Lunatic asylums in Bengal annual reports 1888-1898 - 1888-1898
Year: 1888
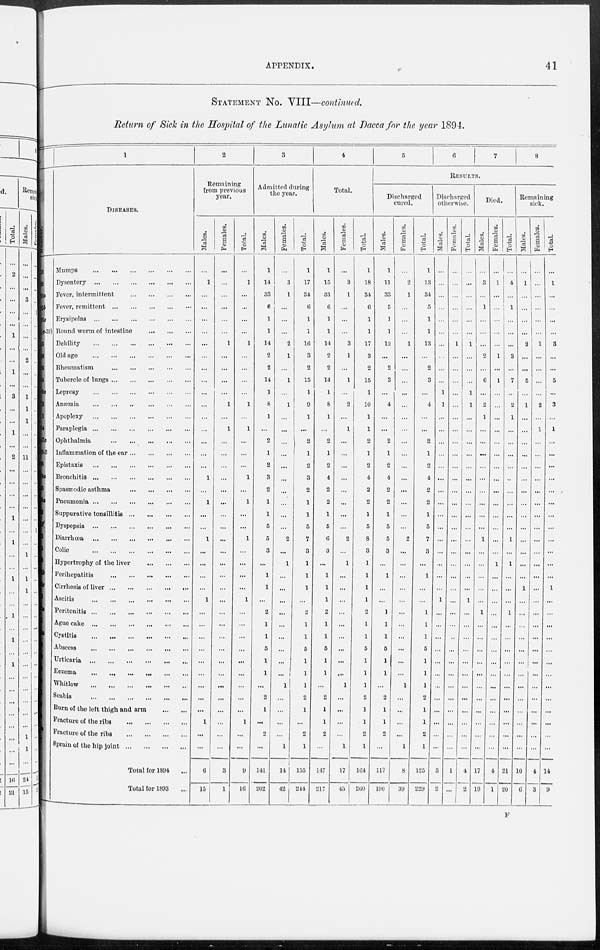
APPENDIX.
41
STATEMENT NO. VIII—continued.
Return of Sick in the Hospital of the Lunatic Asylum at Dacca for the year 1894.
13
2i
23a
23b
26a
26(c-30)
55
56
58
64
69a
73
1
47a
58-2
58
58a
45
9a
i
2
8
5
8
2b
2c
2
6a
7
4a
k
1
DISEASES.
Mumps
...
...
...
...
...
...
Dysentery
...
...
...
...
...
...
Fever, intermittent
...
...
...
...
Fever, remittent ... ... ... ... ...
Erysipelas
...
...
...
...
...
...
Round worm of intestine
...
...
...
Debility
...
...
...
...
...
...
Old age
...
...
...
...
...
...
Rheumatism ... ... ... ... ... ...
Tubercle of lungs
...
...
...
...
...
Leprosy
...
...
...
...
...
...
Anæmia
...
...
...
...
...
...
Apoplexy
...
...
...
...
...
...
Paraplegia
...
...
...
...
...
...
Ophthalmia
...
...
...
...
...
...
Inflammation of the ear
...
...
...
...
Epistaxis
...
...
...
...
...
...
Bronchitis
...
...
...
...
...
...
Spasmodic asthma
...
...
...
...
Pneumonia
...
...
...
...
...
...
Suppurative tonsillitis
...
...
...
...
Dyspepsia
...
...
...
...
...
...
Diarrhœa
...
...
...
...
...
...
Colic
...
...
...
...
...
...
Hypertrophy of the liver
...
...
...
Perihepatitis
...
...
...
...
...
Cirrhosis of liver
...
...
...
...
...
Ascitis
...
...
...
...
...
...
Peritonitis
...
...
...
...
...
...
Ague cake
...
...
...
...
...
...
Cystitis
...
...
...
...
...
...
Abscess
...
...
...
...
...
...
Urticaria ... ... ... ... ... ...
Eczema
...
...
...
...
...
...
Whitlow
...
...
...
...
...
...
Scabis
...
...
...
...
...
...
Burn of the left thigh and arm
...
...
Fracture of the ribs
...
...
...
...
Fracture of the ribs
...
...
...
...
Sprain of the hip joint
...
...
...
...
Total for 1894 ...
Total for 1893 ...
2
Remaining
from previous
year.
Males.
...
1
...
...
...
...
...
...
...
...
...
...
...
...
...
...
...
1
...
1
...
...
1
...
...
...
...
1
...
...
...
...
...
...
...
...
...
1
...
...
6
15
Females.
...
...
...
...
...
...
1
...
...
...
...
1
...
1
...
...
...
...
...
...
...
...
...
...
...
...
...
...
...
...
...
...
...
...
...
...
...
...
...
...
3
1
Total.
...
1
...
...
...
...
1
...
...
...
...
1
...
1
...
...
...
1
...
1
...
...
1
...
...
...
...
1
...
...
...
...
...
...
...
...
...
1
...
...
9
10
3
Admitted during
the year.
Males.
1
14
33
6
1
1
14
2
2
14
1
8
1
...
2
1
2
3
2
1
1
5
5
3
...
1
1
...
2
1
1
5
1
1
...
2
1
...
2
...
141
202
Females.
...
3
1
...
...
...
2
1
...
1
...
1
...
...
...
...
...
...
...
...
...
...
2
...
1
...
...
...
...
...
...
...
...
...
1
...
...
...
...
1
14
42
Total.
1
17
34
6
1
1
16
3
2
15
1
9
1
...
2
1
2
3
2
1
1
5
7
3
1
1
1
...
2
1
1
5
1
1
1
2
1
2
1
155
214
4
Total.
Males.
1
15
33
6
1
1
14
2
2
14
1
8
1
...
2
1
2
4
2
2
1
5
6
3
...
1
1
1
2
1
1
5
1
1
...
2
1
1
2
...
147
217
Females.
...
3
1
...
...
...
3
1
...
1
...
2
...
1
...
...
...
...
...
...
...
...
2
...
1
...
...
...
...
...
...
...
...
...
1
...
...
...
...
1
17
43
Total.
1
18
34
6
1
1
17
3
2
15
1
10
1
1
2
1
2
4
2
2
1
5
8
3
1
1
1
1
2
1
1
5
1
1
1
2
1
1
2
1
164
260
5
6
7
8
RESULTS.
Discharged
cured.
Males.
1
11
33
5
1
1
12
...
2
3
...
4
...
...
2
1
2
4
2
2
1
5
5
3
...
1
...
1
1
1
5
1
1
...
2
1
1
2
...
117
190
Females.
...
...
1
...
...
...
1
...
...
...
...
...
...
...
...
...
...
...
...
...
...
...
2
...
...
...
...
...
...
...
...
...
...
1
...
...
...
...
1
8
39
Total.
1
13
34
5
1
1
13
...
2
3
...
4
...
...
2
1
2
4
2
2
1
5
7
3
...
1
...
...
1
1
1
5
1
1
1
2
1
1
2
1
125
229
Discharged
otherwise.
Males.
...
...
...
...
...
...
...
...
...
...
1
1
...
...
...
...
...
...
...
...
...
...
...
...
...
...
...
1
...
...
...
...
...
...
...
...
...
...
...
...
3
2
Females.
...
...
...
...
...
...
1
...
...
...
...
...
...
...
...
...
...
...
...
...
...
...
...
...
...
...
...
...
...
...
...
...
...
...
...
...
...
...
...
...
1
...
Total.
...
...
...
...
...
...
1
...
...
...
1
1
...
...
...
...
...
...
...
...
...
...
...
...
...
...
...
1
...
...
...
...
...
...
...
...
...
...
...
...
4
2
Died.
Males.
...
3
...
1
...
...
...
2
...
6
...
2
1
...
...
...
...
...
...
...
...
...
1
...
...
...
...
...
1
...
...
...
...
...
...
...
...
...
...
17
19
Females.
...
1
...
...
...
...
...
1
...
1
...
...
...
...
...
...
...
...
...
...
...
...
...
...
1
...
...
...
...
...
...
...
...
...
...
...
...
...
...
...
4
1
Total.
...
4
...
1
...
...
...
3
...
7
...
2
1
...
...
...
...
..
...
...
...
...
1
...
1
...
...
...
1
...
...
...
...
...
...
...
...
...
...
...
21
20
Remaining
sick.
Males.
...
1
...
...
...
...
2
...
...
5
...
1
...
...
...
...
...
...
...
...
...
...
...
...
...
...
1
...
...
...
...
...
...
...
...
...
...
...
...
10
6
Females.
...
...
...
...
...
...
1
...
...
...
...
2
...
1
...
...
...
...
...
...
...
...
...
...
...
...
...
...
...
...
...
...
...
...
...
...
...
...
...
...
4
3
Total.
...
1
...
...
...
...
3
...
...
5
...
3
...
1
...
...
...
...
...
...
...
...
...
...
...
...
1
...
...
...
...
...
...
...
...
...
...
...
...
...
14
9
F